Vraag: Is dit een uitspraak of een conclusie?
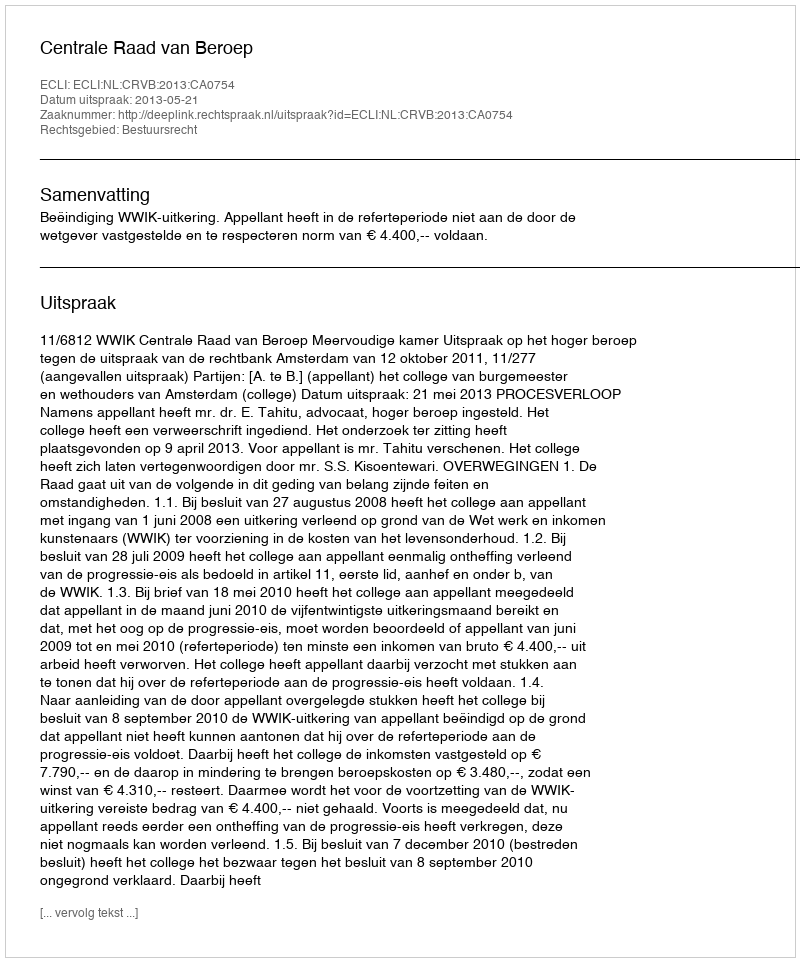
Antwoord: Uitspraak